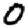
Digit: 0